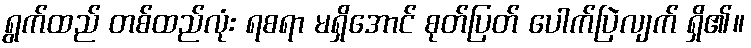
ရွက်ထည် တစ်ထည်လုံး ရစရာ မရှိအောင် စုတ်ပြတ် ပေါက်ပြဲလျက် ရှိ၏။